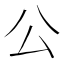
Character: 公